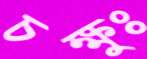
চক্ষুঃ